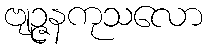
ဗျဉ္ဇနကုသလော